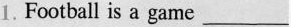
1. Football is a game ___